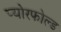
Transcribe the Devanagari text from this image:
प्योरफोल्ड